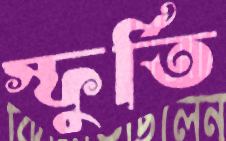
স্ফুর্তি